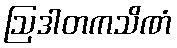
ဩဒါတကသိဏံ